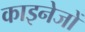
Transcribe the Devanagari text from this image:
काइनेजों